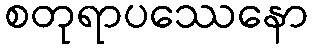
စတုရာပဿေနော